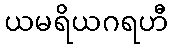
ယမရိယဂရဟီ